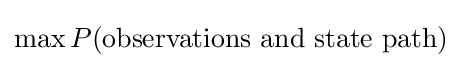
\max P({\text{observations and state path}})